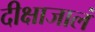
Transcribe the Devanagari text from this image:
दीक्षाजालं